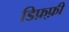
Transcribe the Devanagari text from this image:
डिफ़्फ़ी